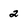
Character: 2